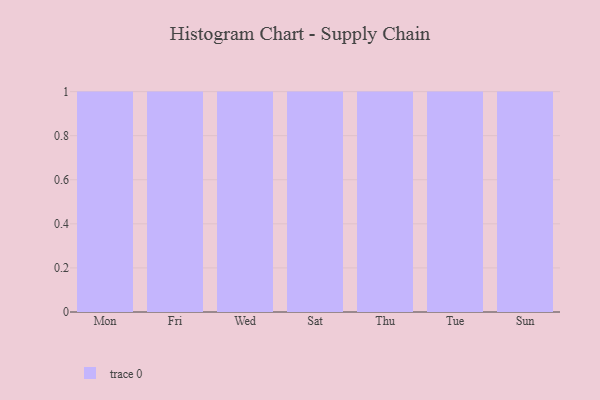
{"axis": {"x": "Day", "y": "Production Output"}, "legend": [""], "data": [{"x": "Mon", "y": 71, "type": ""}, {"x": "Fri", "y": 23, "type": ""}, {"x": "Wed", "y": 89, "type": ""}, {"x": "Sat", "y": 18, "type": ""}, {"x": "Thu", "y": 3, "type": ""}, {"x": "Tue", "y": 92, "type": ""}, {"x": "Sun", "y": 63, "type": ""}]}